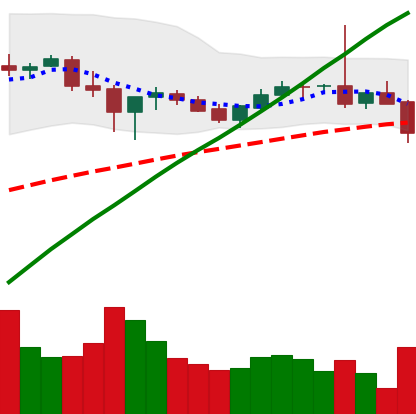
Ticker: BTC-USD
Chart end date: 2017-07-10
Forward return: -15.751%
Label: down_7plus